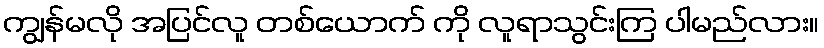
ကျွန်မလို အပြင်လူ တစ်ယောက် ကို လူရာသွင်းကြ ပါမည်လား။